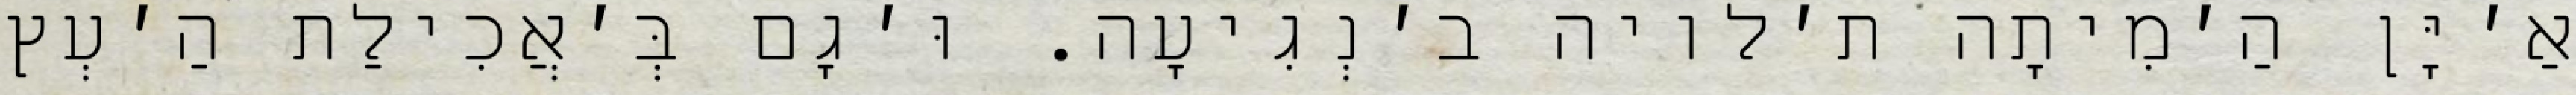
אַ׳יָּן הַ׳מִיתָה ת׳לויה ב׳נְגִיעָה. וּ׳גָם בְּ׳אֲכִילַת הַ׳עְץ